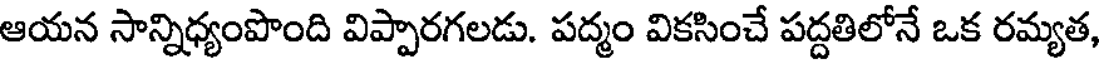
ఆయన సాన్నిధ్యంపొంది విప్పారగలడు. పద్మం వికసించే పద్దతిలోనే ఒక రమ్యత,